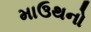
માઉથનો